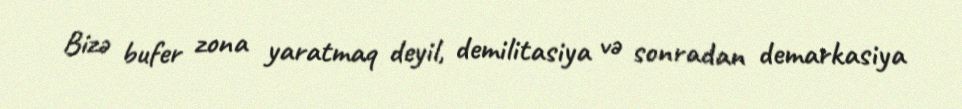
Bizə bufer zona yaratmaq deyil, demilitasiya və sonradan demarkasiya